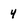
Character: 4